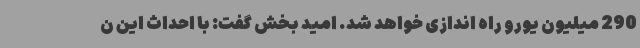
290 میلیون یورو راه اندازی خواهد شد. امید بخش گفت: با احداث این ن